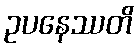
ဥပနေဿတိ